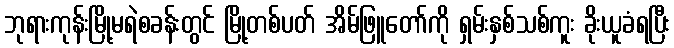
ဘုရားကုန်းမြို့မရဲစခန်းတွင် မြို့တစ်ပတ် အိမ်ဖြူတော်ကို ရှမ်းနှစ်သစ်ကူး ခိုးယူခံရပြီး